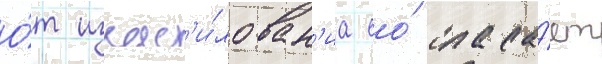
О́т изнас'и́лован'иа ео́ спаса́ет